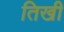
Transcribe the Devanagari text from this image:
तिखी